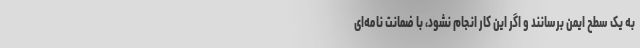
به یک سطح ایمن برسانند و اگر این کار انجام نشود، با ضمانت نامه‌ای